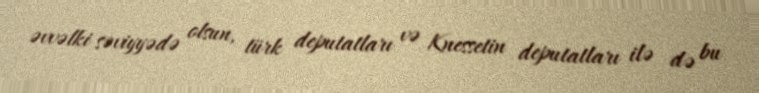
əvvəlki səviyyədə olsun, türk deputatları və Knessetin deputatları ilə də bu